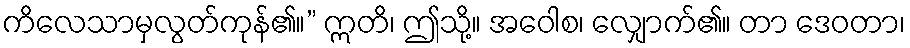
ကိလေသာမှလွတ်ကုန်၏။” ဣတိ၊ ဤသို့။ အဝေါစ၊ လျှောက်၏။ တာ ဒေဝတာ၊